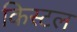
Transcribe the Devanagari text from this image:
किस्टल